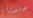
صندوقي